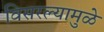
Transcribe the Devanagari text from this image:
विसरल्यामुळे